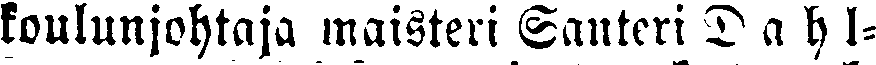
koulunjohtaja maisteri Santeri Dahl-